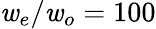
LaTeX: {\mathit{w}_{e}/\mathit{w}_{o}=100}